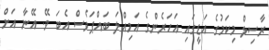
ރާސިލް މިކަމުގެ އަޑީގައި އަހަރެންގެ އަމިއްލަ ބައްޕަވެސް އެބަ ވޭ. އޭނާ އަށް